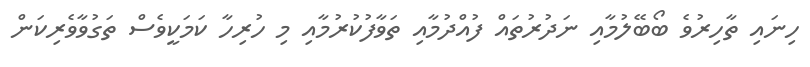
ހިނައި ތާހިރުވެ ބޯބޭލުމާއި ނަދުރުތައް ފުއްދުމާއި ތަވާފުކުރުމާއި މި ހުރިހާ ކަމަކީވެސް ތަގުވާވެރިކަން